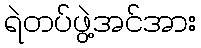
ရဲတပ်ဖွဲ့အင်အား